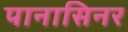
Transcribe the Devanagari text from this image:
पानासिनर